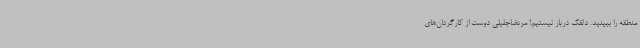
منطقه را ببینید. دلقک دربار نیستیم! مرتضاجلیلی دوست از کارگردان‌های